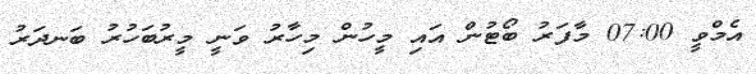
އެމްވީ 07:00 މާފަރު ބޯޓުން އައި މީހުން މިހާރު ވަނީ މީރުބަހުރު ބަނދަރު